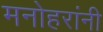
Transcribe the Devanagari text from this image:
मनोहरांनी